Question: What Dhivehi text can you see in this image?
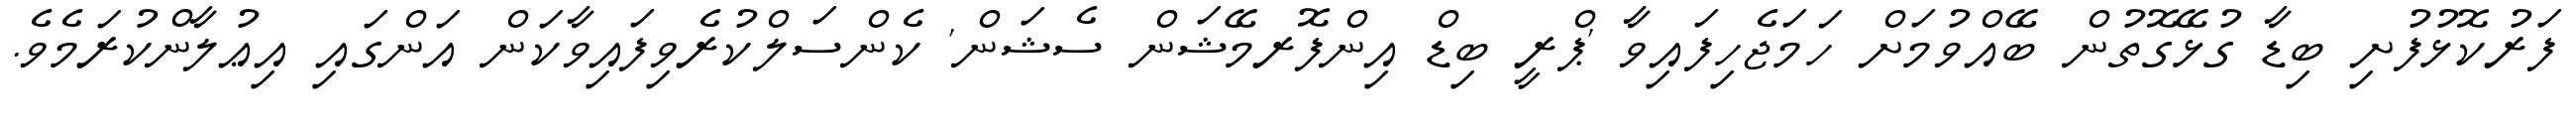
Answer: ފަރުކޮޅުފުށި ބިޑާ ގުޅޭގޮތުން ބޭއްވުމަށް ހަމަޖެހިފައިވާ 'ޕްރީ ބިޑް އިންފޮރމޭޝަން ސެޝަން' ކެންސަލްކުރެވިފައިވާކަން އަންގައި އިޢުލާންކުރަމެވެ.